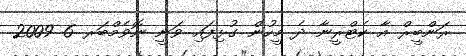
ރަންބީރް އާ ކެޓްރީނާ ދެ މީހުން ގުޅިފައި ވަނީ ނޮވެމްބަރ 6 2009